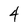
Character: 4